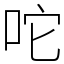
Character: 咜